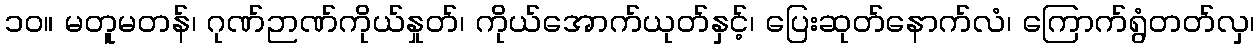
၁၀။ မတူမတန်၊ ဂုဏ်ဉာဏ်ကိုယ်နှုတ်၊ ကိုယ်အောက်ယုတ်နှင့်၊ ပြေးဆုတ်နောက်လံ၊ ကြောက်ရွံတတ်လှ၊